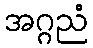
အဂ္ဂညံ